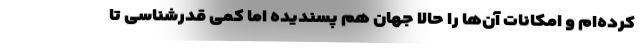
کرده‌ام و امکانات آن‌ها را حالا جهان هم پسندیده اما کمی قدرشناسی تا